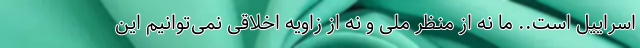
اسراییل است.. ما نه از منظر ملی و نه از زاویه اخلاقی نمی‌توانیم این